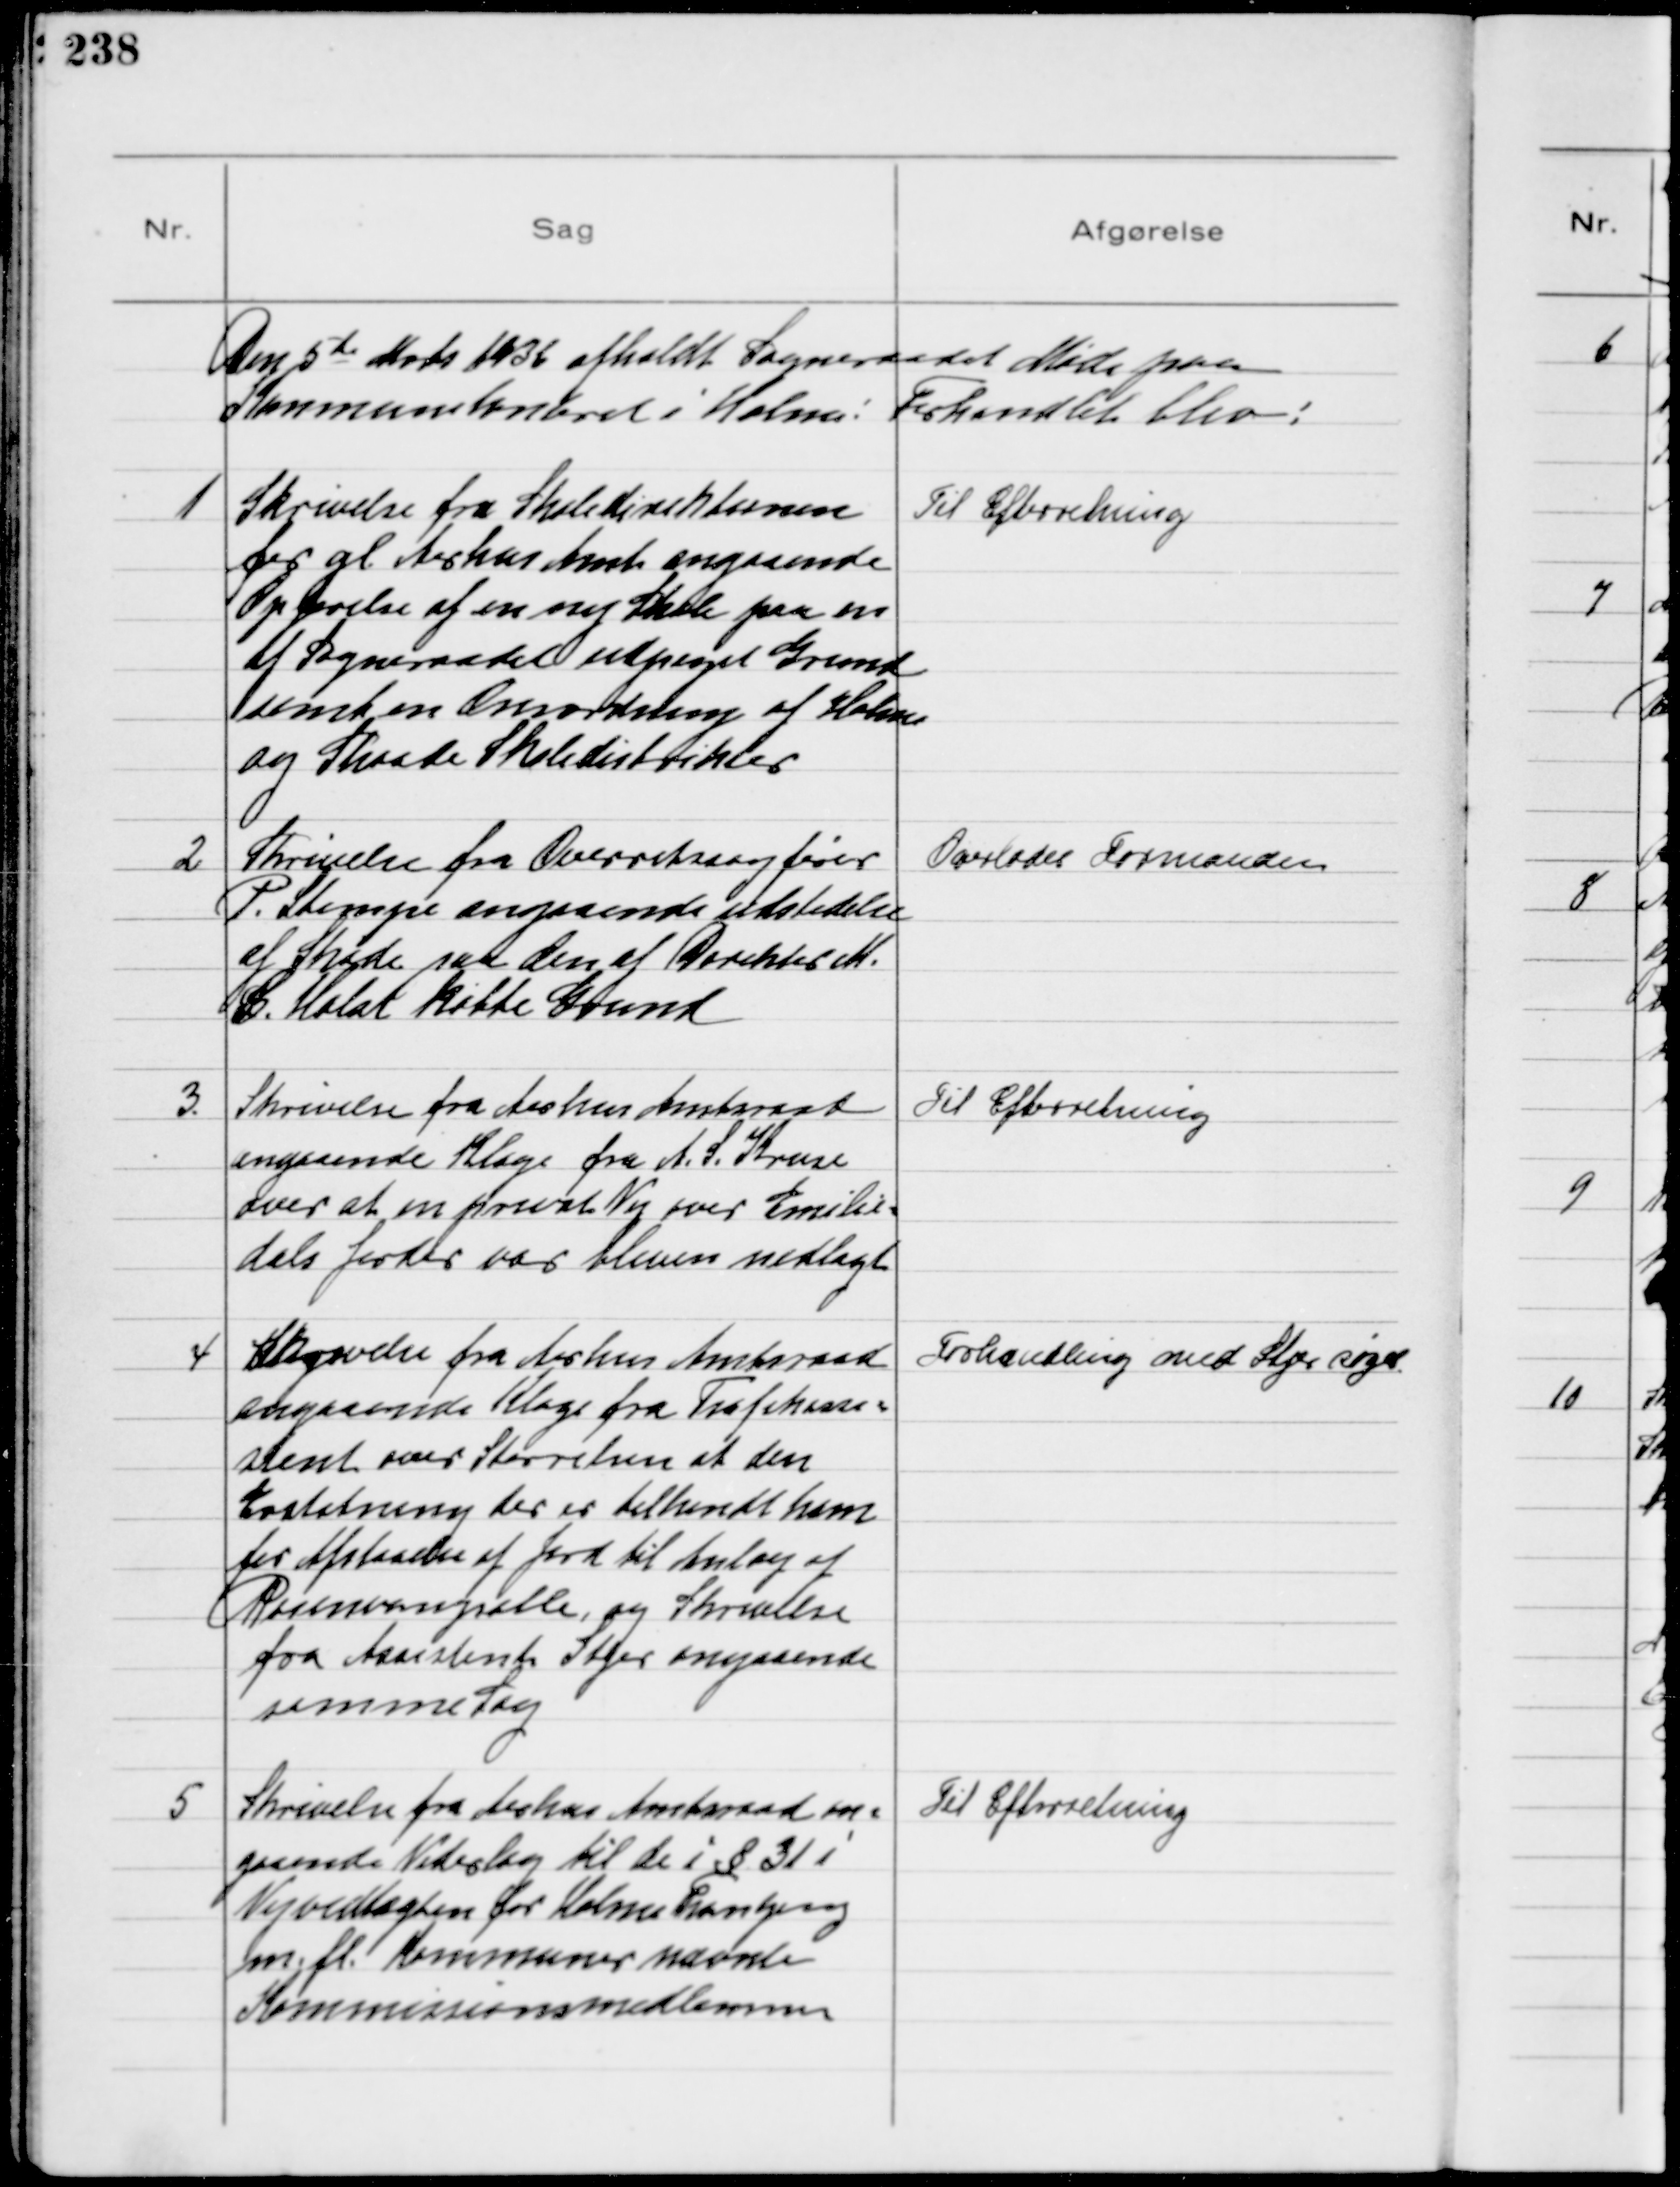
Transskription:
Den 5te Marts 1936 afholdt Sogneraadet Møde paa
Kommunekontoret i Holme: Forhandlet blev:

1
Skrivelse fra Skoledirektionen
for gl. Aarhus Amt angaaende
Opførelse af en ny Skole paa en
af Sogneraadet udpeget Grund
samt om omordning af Holme
og Skaade Skoledistrikter

Til Efterretning

2
Skrivelse fra Overretssagfører
P. Stampe angaaende udstedelse
af Skøde paa den af Direktør M.
C. Holst købte Grund

Overlodes Formanden

3
Skrivelse fra Aarhus Amtsraad
angaaende Klage fra A. S. Kruse
over at en privat Vej over Emilie-
dals Jorder var bleven nedlagt

Til Efterretning

4
Skrivelse fra Aarhus Amtsraad
angaaende Klage fra Trafikassi-
stent over størrelsen af den
Erstatning der er tilkendt ham
for Afstaaelse af Jord til Anlæg af
Rosenvangsalle, og Skrivelse
fra Assistent Stjer angaaende
samme Sag

Forhandling med Stjer søges

5
Skrivelse fra Aarhus Amtsraad an-
gaaende Vederlag til de i § 31 i
Vejvedtægten for Holme Tranbjerg
m. fl. Kommuner nævnte
Kommissionsmedlemmer

Til Efterretning